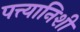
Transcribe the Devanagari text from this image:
पत्त्यानिशी